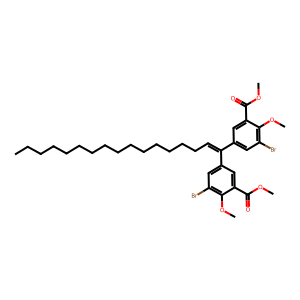
SMILES: CCCCCCCCCCCCCCCC=C(c1cc(Br)c(OC)c(C(=O)OC)c1)c1cc(Br)c(OC)c(C(=O)OC)c1
Inhibits HIV replication: No